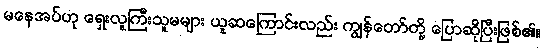
မနေအပ်ဟု ရှေးလူကြီးသူမများ ယူဆကြောင်းလည်း ကျွန်တော်တို့ ပြောဆိုပြီးဖြစ်၏။